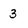
Character: 3